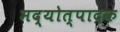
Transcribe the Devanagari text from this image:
मद्योत्पादक